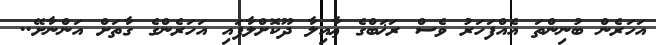
އަހަރެން ބުނިންތަ އެއްފަހަރު ވެސް ރަޚަބްގެ ޢާއިލާ ދޫކޮށްލާފައި އަހަރެންގެ ގާތަށް އަންނާށޭ..